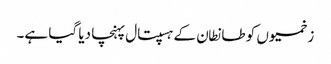
زخمیوں کو طانطان کے ہسپتال پہنچا دیا گیا ہے۔